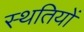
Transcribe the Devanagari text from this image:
स्थतियों